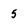
Character: 5